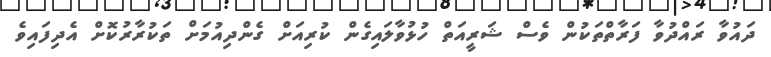
ދައުވާ ރައްދުވާ ފަރާތްތަކުން ވެސް ޝަރީއަތް ހުޅުވާލައިގެން ކުރިއަށް ގެންދިއުމަށް ތަކުރާރުކޮށް އެދިފައިވެ